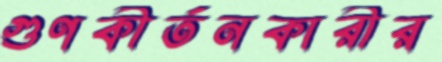
গুণকীর্তনকারীর